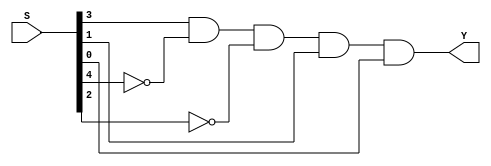
// This program was cloned from: https://github.com/FIUSCIS-CDA/CPU_MultiCycle
// License: MIT License

// Copyright (C) 2020  Intel Corporation. All rights reserved.
// Your use of Intel Corporation's design tools, logic functions 
// and other software and tools, and any partner logic 
// functions, and any output files from any of the foregoing 
// (including device programming or simulation files), and any 
// associated documentation or information are expressly subject 
// to the terms and conditions of the Intel Program License 
// Subscription Agreement, the Intel Quartus Prime License Agreement,
// the Intel FPGA IP License Agreement, or other applicable license
// agreement, including, without limitation, that your use is for
// the sole purpose of programming logic devices manufactured by
// Intel and sold by Intel or its authorized distributors.  Please
// refer to the applicable agreement for further details, at
// https://fpgasoftware.intel.com/eula.

// PROGRAM		"Quartus Prime"
// VERSION		"Version 20.1.1 Build 720 11/11/2020 SJ Lite Edition"
// CREATED		"Thu May 18 12:01:43 2023"

module S11(
	S,
	Y
);


input wire	[4:0] S;
output wire	Y;

wire	SYNTHESIZED_WIRE_0;
wire	SYNTHESIZED_WIRE_1;
wire	SYNTHESIZED_WIRE_2;

assign	SYNTHESIZED_WIRE_0 = 1;



assign	Y = S[3] & SYNTHESIZED_WIRE_0 & SYNTHESIZED_WIRE_1 & SYNTHESIZED_WIRE_2 & S[1] & S[0];


assign	SYNTHESIZED_WIRE_1 =  ~S[4];

assign	SYNTHESIZED_WIRE_2 =  ~S[2];


endmodule